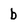
Character: b